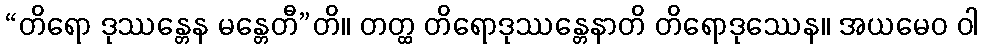
“တိရော ဒုဿန္တေန မန္တေတီ”တိ။ တတ္ထ တိရောဒုဿန္တေနာတိ တိရောဒုဿေန။ အယမေဝ ဝါ